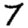
Digit: 7